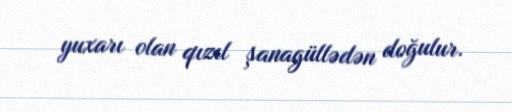
yuxarı olan qızıl şanagüllədən doğulur.